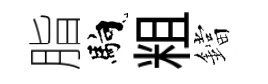
脂馿粗鐺